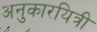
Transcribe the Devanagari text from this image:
अनुकारयित्री